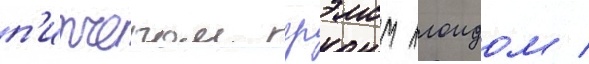
п'итчером грэмом ллоидом /